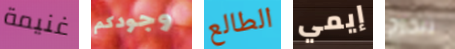
غنيمة وجودكم الطالع إيمي تتخرج